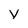
Character: v